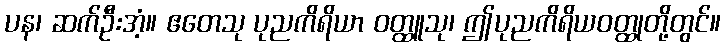
ပန၊ ဆက်ဦးအံ့။ ဧတေသု ပုညကိရိယာ ဝတ္ထူသု၊ ဤပုညကိရိယဝတ္ထုတို့တွင်။